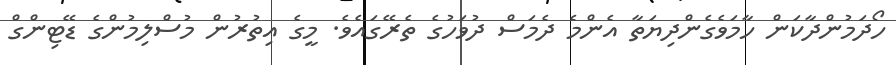
ހޯދަމުންދާކަން ހާމަވެގެންދިޔަތާ އެންމެ ދެމަސް ދުވަހުގެ ތެރޭގައެވެ. މީގެ އިތުރުން މުސްލިމުންގެ ޑޭޓިންގް